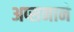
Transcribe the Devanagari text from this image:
अप्सनाने